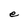
Character: e